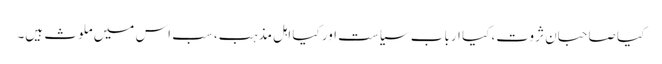
کیا صاحبان ثروت، کیا ارباب سیاست اور کیا اہل مذہب، سب اس میں ملوث ہیں۔